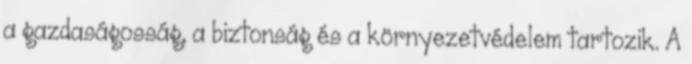
a gazdaságosság, a biztonság és a környezetvédelem tartozik. A